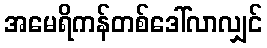
အမေရိကန်တစ်ဒေါ်လာလျှင်